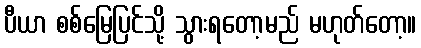
ပီယာ စစ်မြေပြင်သို့ သွားရတော့မည် မဟုတ်တော့။